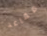
مقاعد